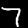
Label: 7